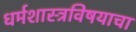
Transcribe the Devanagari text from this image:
धर्मशास्त्रविषयाचा